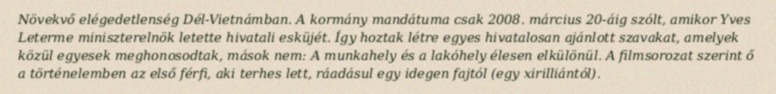
Növekvő elégedetlenség Dél-Vietnámban. A kormány mandátuma csak 2008. március 20-áig szólt, amikor Yves Leterme miniszterelnök letette hivatali esküjét. Így hoztak létre egyes hivatalosan ajánlott szavakat, amelyek közül egyesek meghonosodtak, mások nem: A munkahely és a lakóhely élesen elkülönül. A filmsorozat szerint ő a történelemben az első férfi, aki terhes lett, ráadásul egy idegen fajtól (egy xirilliántól).